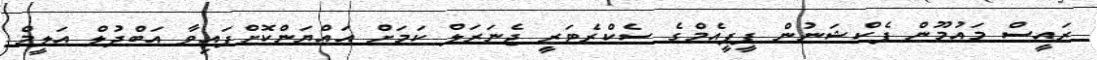
ރައީސް މައުމޫން ފެކްޝަނުން ޕީޕީއެމްގެ ސެކްރެޓަރީ ޖެނަރަލް ކަމަށް އައްޔަންކޮށްފައިވާ އަބްދުލް އަލީމް